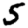
Digit: 5